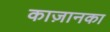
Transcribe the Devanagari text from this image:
काज़ानका